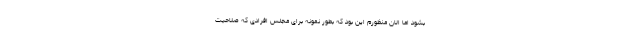
بشود اما الان منظورم این بود که بطور نمونه برای مجلس افرادی که صلاحیت